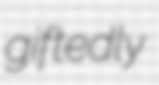
giftedly